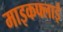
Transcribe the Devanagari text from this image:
माइकफ्लाई